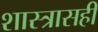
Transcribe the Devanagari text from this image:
शास्त्रासही